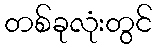
တစ်ခုလုံးတွင်